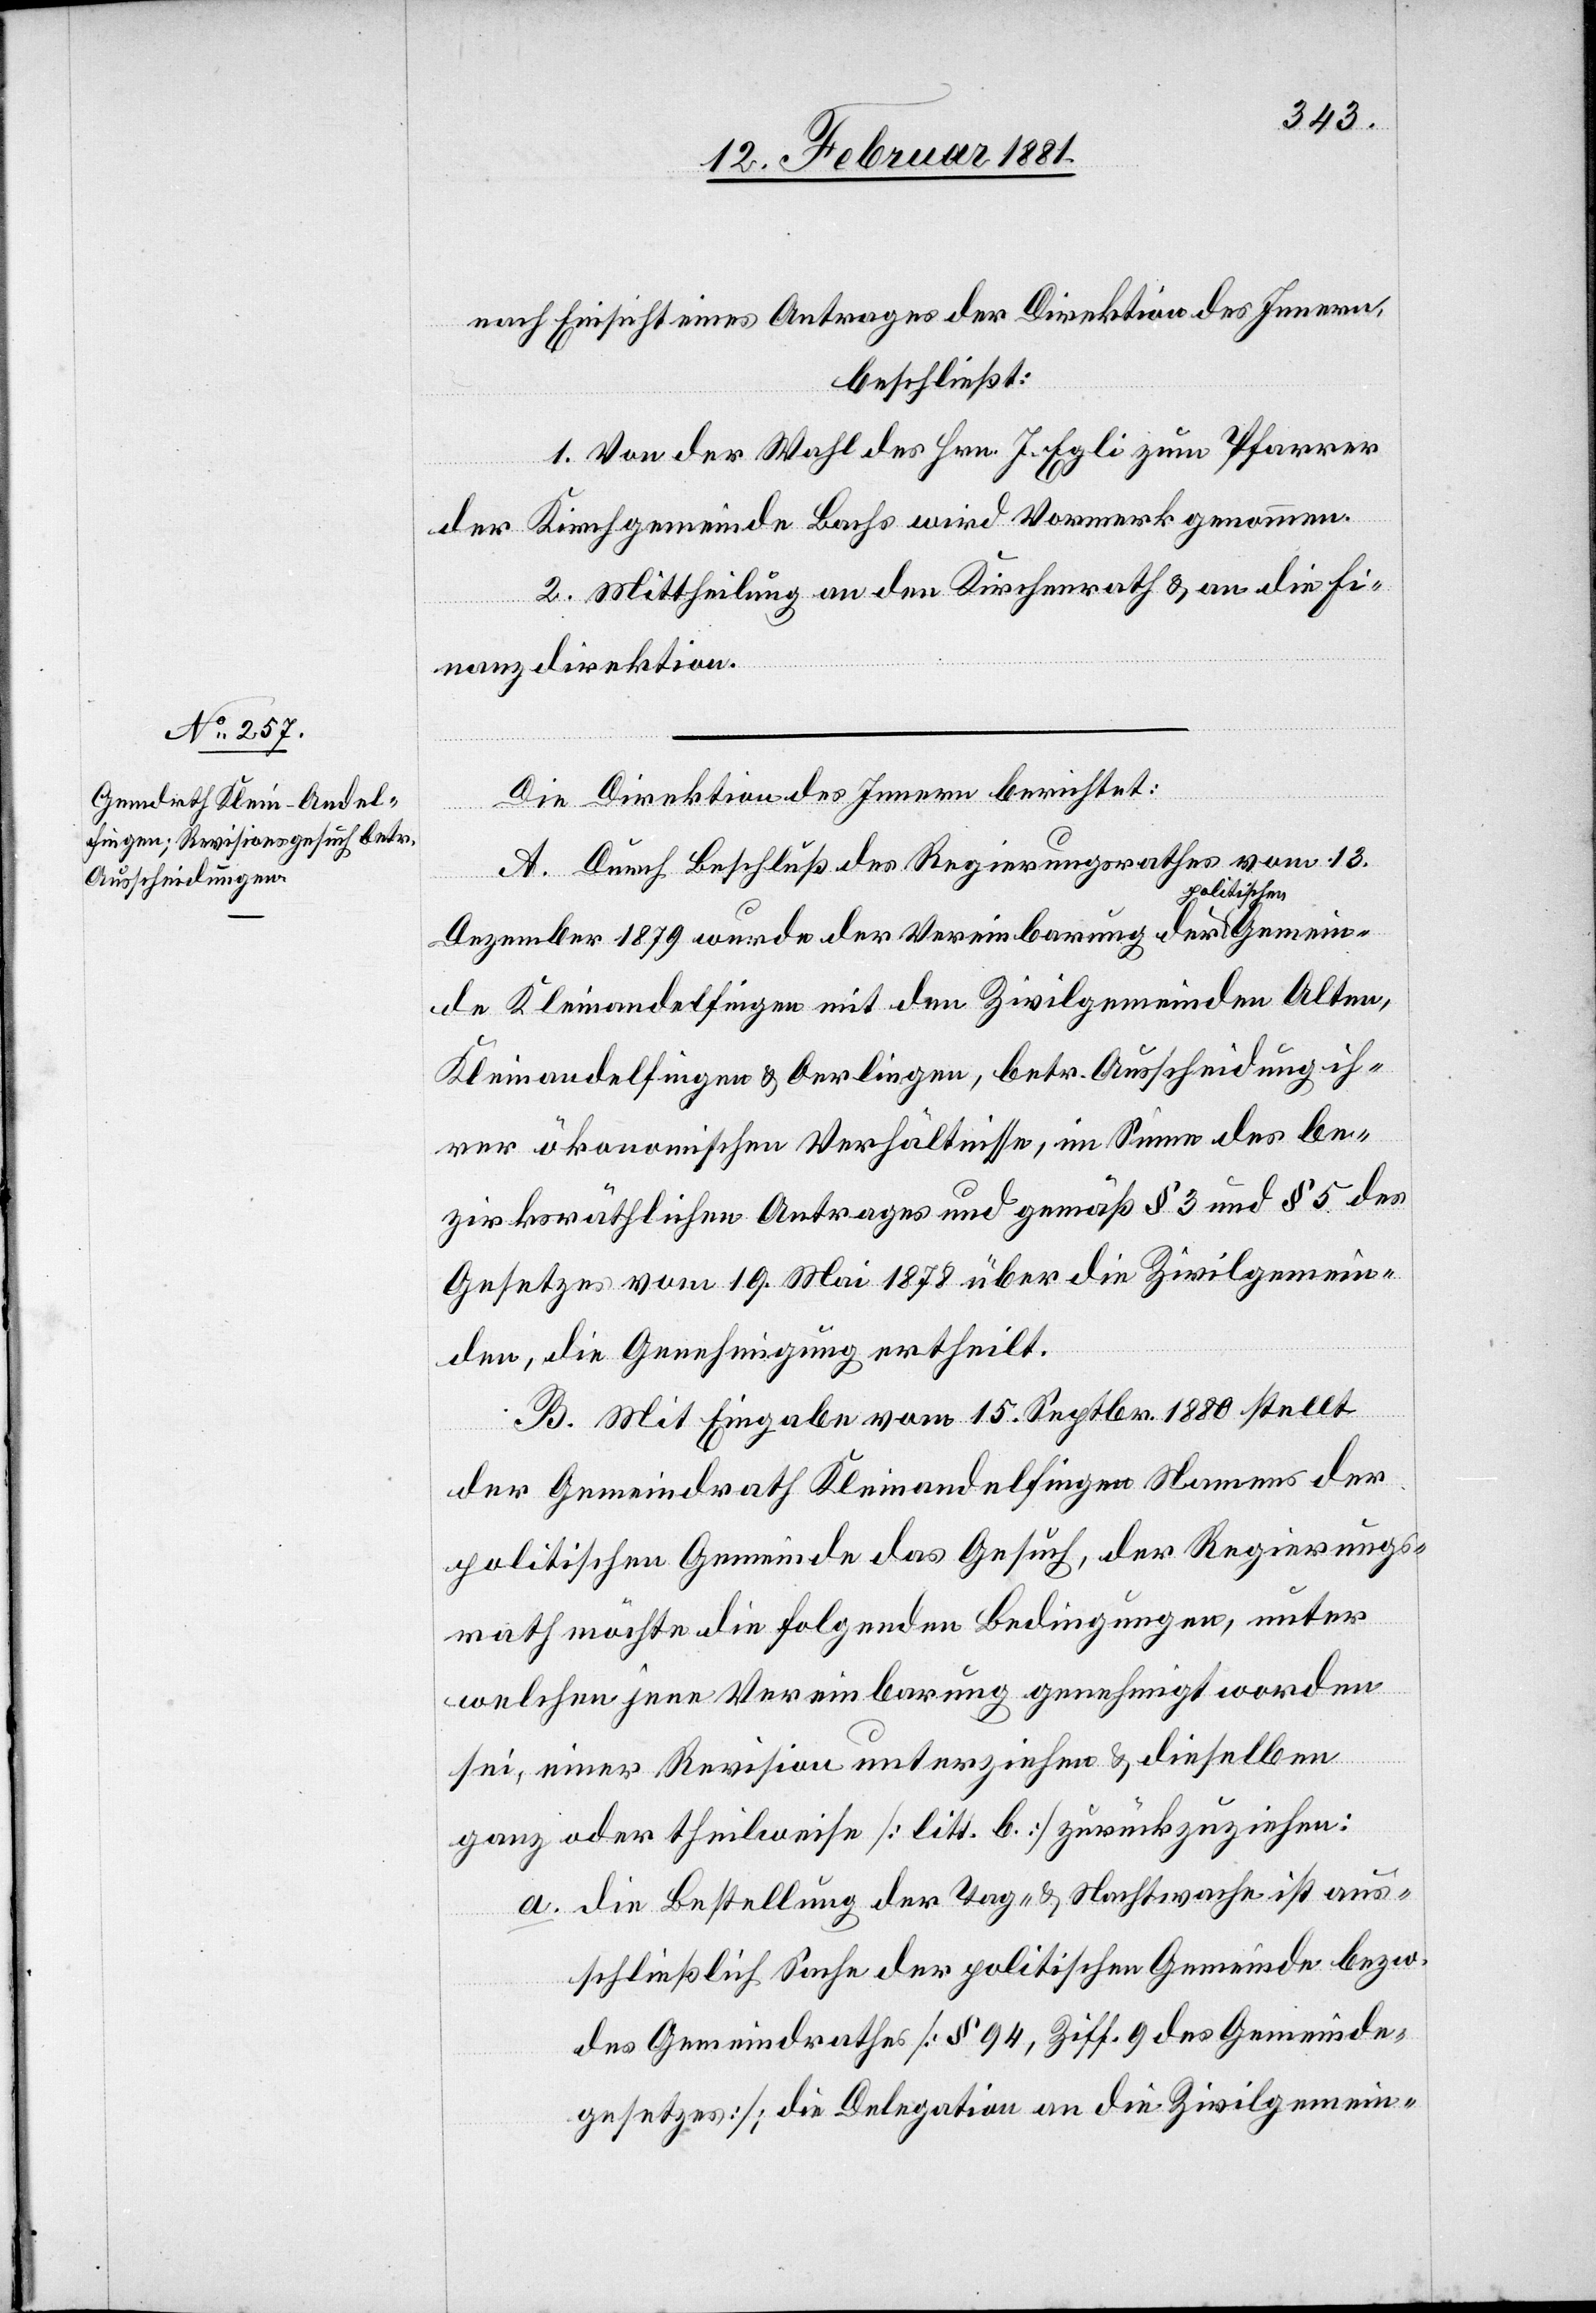
nach Einsicht eines Antrages der Direktion des Innern,
beschließt:
1. Von der Wahl des Hrn. J. Egli zum Pfarrer
der Kirchgemeinde Bachs wird Vormerk genommen.
2. Mittheilung an den Kirchenrath & an die Fi¬
nanzdirektion.
Die Direktion des Innern berichtet:
A. Durch Beschluß des Regierungsrathes vom 13.
Gemein¬
Dezember 1879 wurde der Vereinbarung der poli¬
de Kleinandelfingen mit den Zivilgemeinden Alten,
Kleinandelfingen & Oerlingen, betr. Ausscheidung ih¬
rer ökonomischen Verhältnisse, im Sinne des be¬
zirksräthlichen Antrages und gemäß § 3 und § 5 des
Gesetzes vom 19. Mai 1878 über die Zivilgemein¬
den, die Genehmigung ertheilt.
B. Mit Eingabe vom 15. Septbr. 1880 stellt
der Gemeindrath Kleinandelfingen Namens der
politischen Gemeinde das Gesuch, der Regierungs¬
rath möchte die folgenden Bedingungen, unter
welchen jene Vereinbarung genehmigt worden
sei, einer Revision unterziehen & dieselben
ganz oder theilweise [litt. b] zurückzuziehen:
a. die Bestellung der Tag- & Nachtwache ist aus¬
schließlich Sache der politischen Gemeinde bezw.
des Gemeindrathes [§ 94, Ziff. 9 des Gemeinde¬
gesetzes]; die Delegation an die Zivilgemein-